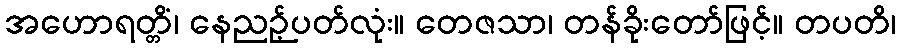
အဟောရတ္တိံ၊ နေညဉ့်ပတ်လုံး။ တေဇသာ၊ တန်ခိုးတော်ဖြင့်။ တပတိ၊